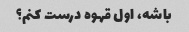
باشه، اول قهوه درست کنم؟